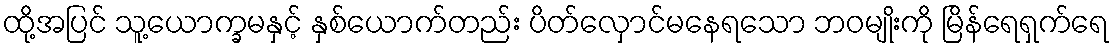
ထို့အပြင် သူ့ယောက္ခမနှင့် နှစ်ယောက်တည်း ပိတ်လှောင်မနေရသော ဘဝမျိုးကို မြိန်ရေရှက်ရေ